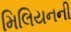
મિલિયનની